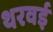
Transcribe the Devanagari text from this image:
थरवई